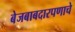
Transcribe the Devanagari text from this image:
बेजबाबदारपणाचे